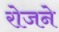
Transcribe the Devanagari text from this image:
रोजने